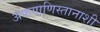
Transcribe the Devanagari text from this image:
अफगाणिस्तानाशी